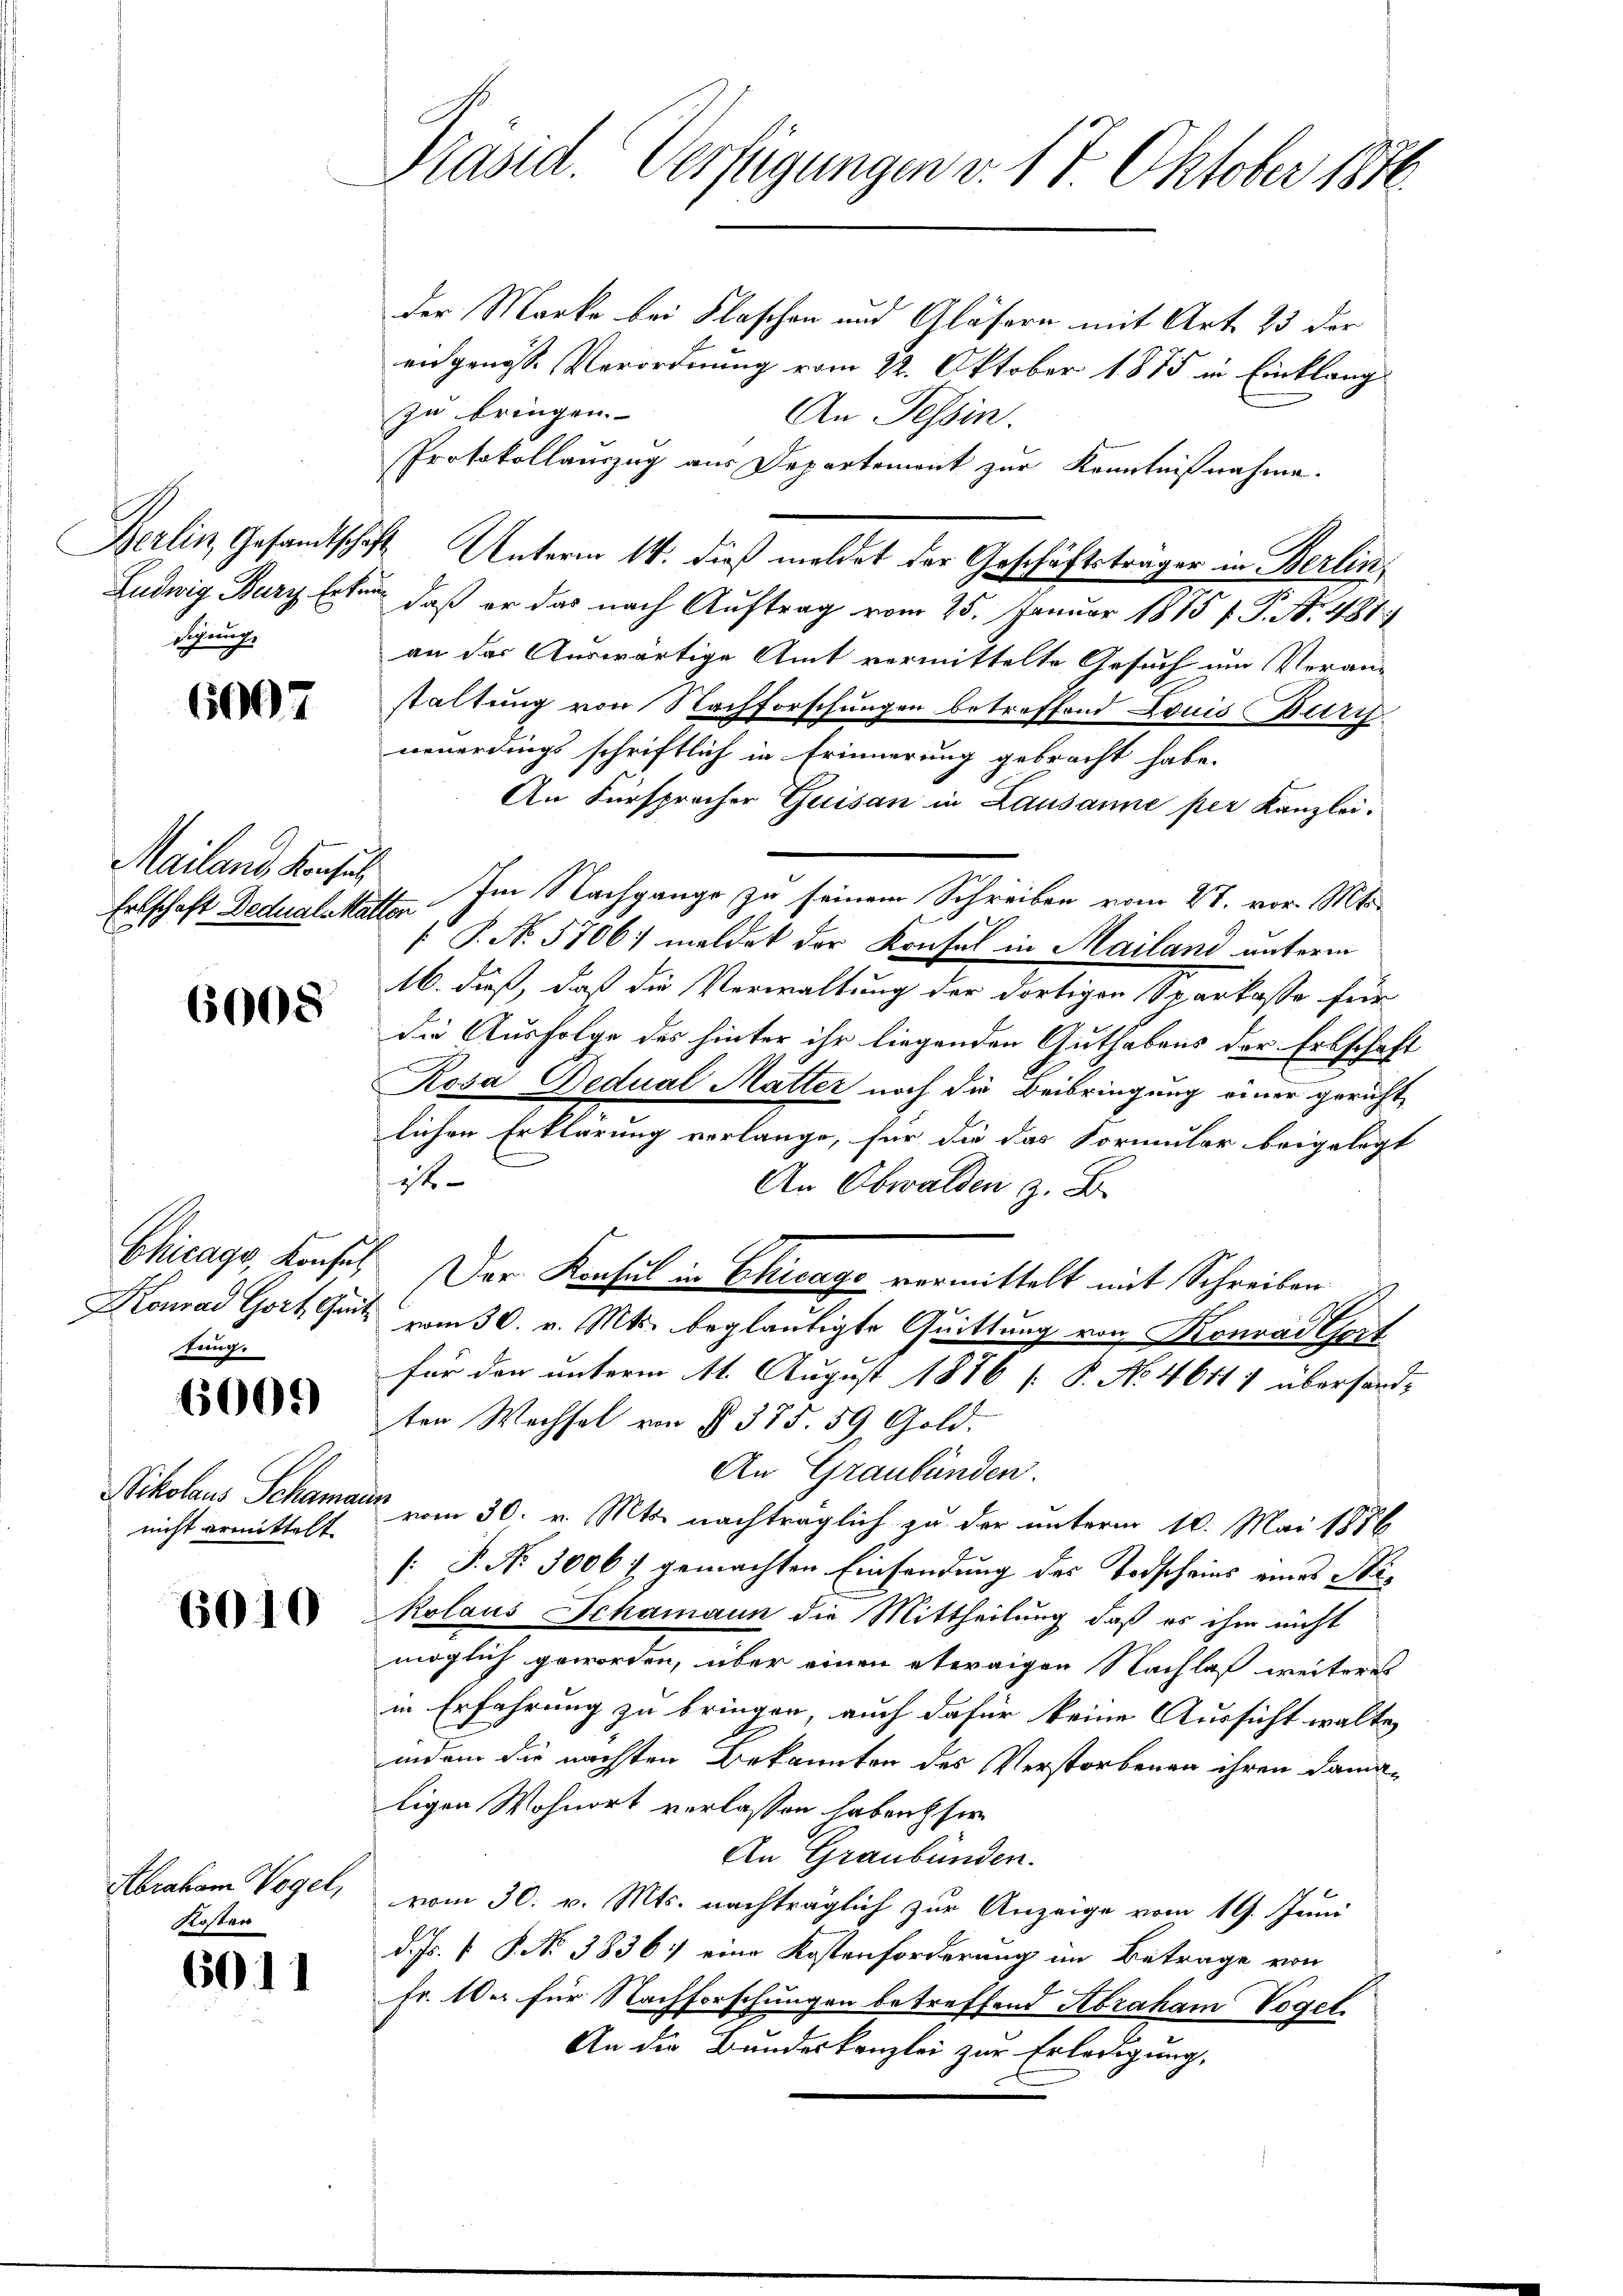
Berlin, Gesandtsche,
Sihung,

6007

Mailand Konfus
Erbschaft Dedual-Ma

6008

tung.

6009)

Scholaus Schama
nicht ermittelt.

6010

Abraham Vogel,
Kosten

6011

Präsid. Verfügungen v. 17. Oktober 1870.

der Marke bei Flaschen und Gläsern mit Art. 23 der
engenosse Verordnung vom 22. Oktober 1875 in Einklang
zu bringen.
An Tessin.
Protokollauszug aus Departement zur Kenntnißnahme.
X Unterm 14. dieß meldet der Geschäftsträger in Berlin,
Ludwig Bary Erkung, daß er das nach Auftrag vom 25. Januar 1875 f. P. N. 487.
an das Auswärtige Amt vermittelte Gesuch um Veran-
staltung von Nachforschungen betroffend Louis Burc
neuerdings schriftlich in Erinnerung gebracht habe.
An Fürsprecher Quisan in Lausanne per Kanzlei.
st. Im Nachgange zu seinem Schreiben vom 27. vor. Mts.
 P. No. 5706: meldet der Konsul in Mailand unterm
16. dieß, daß die Verwaltung der dortigen Sparkasse für
die Ausfolge des hinter ihr liegenden Guthabens der Erbschaft
Rosa Gedual Matter noch die Beibringung einer gericht
lichen Erklärung verlange, für die das Formular beigelegt
ist
An Obwalden z. B.
Chicago, Konsil. Der Konsul in Chicage vermittelt mit Schreiben
Konrad Gort Gut vom 30. v. Mts. beglaubigte Quittung von Konrad Gert
für den unterm 11. August 1876 [ P. No. 46111 übersandten Wechsel von § 375. 59 Gold.
An Graubünden.
et
 vom 30. v. Mts. nachträglich zu der unterm 10. Mai 1876
[: P. No. 3006 :/ gemachten Einsendung des Todscheins eines Sti¬
Kolaus Schamaun die Mittheilung, daß es ihm nicht
möglich geworden, über einen etwaigen Nachlaß weiteres
in Erfahrung zu bringen, auch dafür keine Aussicht walte,
indem die nachten Bekannten des Verstorbenen ihren damaligen Wohnort verlassen haben fer
An Graubünden.
vom 30. v. Mts. nachträglich zur Anzeige vom 19. Juni
d. Js. 1 S. No 3836. eine Kostenforderung im Betrage von
Fr. 10. für Nachforschungen betreffend Abraham Vogel
An die Bundeskanzlei zur Erledigung,